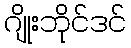
ဂျိုးဘိုင်ဒင်